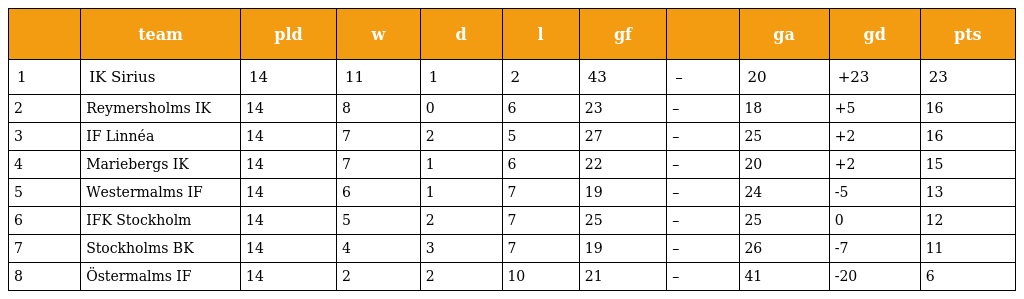
|  | team | pld | w | d | l | gf |  | ga | gd | pts |
 | --- | --- | --- | --- | --- | --- | --- | --- | --- | --- | --- |
 | 1 | IK Sirius | 14 | 11 | 1 | 2 | 43 | – | 20 | +23 | 23 |
 | 2 | Reymersholms IK | 14 | 8 | 0 | 6 | 23 | – | 18 | +5 | 16 |
 | 3 | IF Linnéa | 14 | 7 | 2 | 5 | 27 | – | 25 | +2 | 16 |
 | 4 | Mariebergs IK | 14 | 7 | 1 | 6 | 22 | – | 20 | +2 | 15 |
 | 5 | Westermalms IF | 14 | 6 | 1 | 7 | 19 | – | 24 | -5 | 13 |
 | 6 | IFK Stockholm | 14 | 5 | 2 | 7 | 25 | – | 25 | 0 | 12 |
 | 7 | Stockholms BK | 14 | 4 | 3 | 7 | 19 | – | 26 | -7 | 11 |
 | 8 | Östermalms IF | 14 | 2 | 2 | 10 | 21 | – | 41 | -20 | 6 |